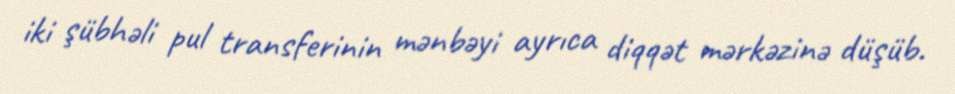
iki şübhəli pul transferinin mənbəyi ayrıca diqqət mərkəzinə düşüb.